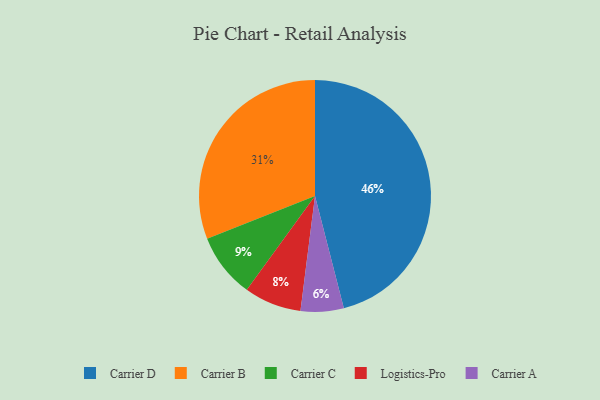
{"axis": {"x": "Category", "y": "Percentage"}, "legend": ["Carrier A", "Carrier B", "Carrier C", "Carrier D", "Logistics-Pro"], "data": [{"x": "Carrier D", "y": 46, "type": "Carrier D"}, {"x": "Carrier C", "y": 9, "type": "Carrier C"}, {"x": "Logistics-Pro", "y": 8, "type": "Logistics-Pro"}, {"x": "Carrier B", "y": 31, "type": "Carrier B"}, {"x": "Carrier A", "y": 6, "type": "Carrier A"}]}